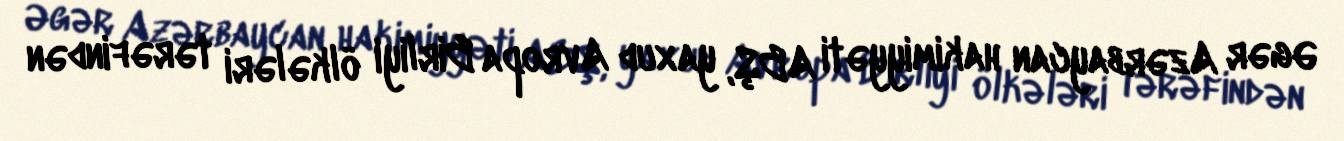
Əgər Azərbaycan hakimiyyəti ABŞ, yaxud Avropa Birliyi ölkələri tərəfindən